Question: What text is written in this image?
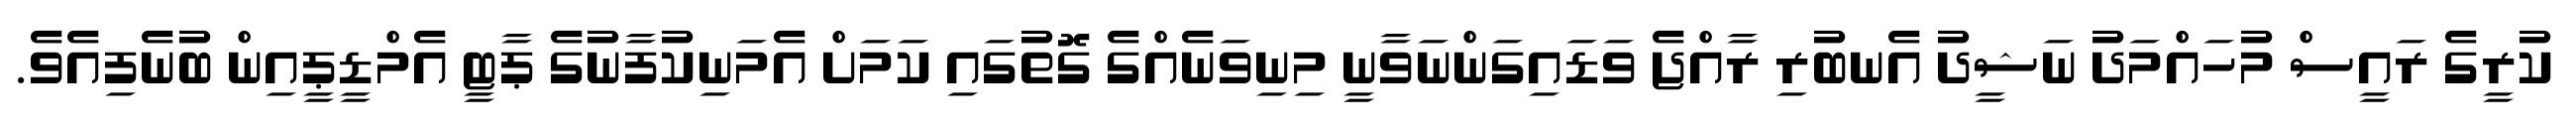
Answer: ކުރީގެ ރައީސް މުހައްމަދު ނަޝީދު އެނބުރި ރާއްޖެ ވަޑައިގަންނަވާނީ މިނިވަނެއްގެ ގޮތުގައި ކަމަށް އެމަނިކުފާނުގެ ޕާޓީ އެމްޑީޕީއިން ބުނެފިއެވެ.